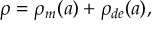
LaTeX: \rho = \rho _ { m } ( a ) + \rho _ { d e } ( a ) ,